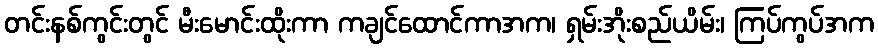
တင်းနစ်ကွင်းတွင် မီးမောင်းထိုးကာ ကချင်ထောင်ကာအက၊ ရှမ်းအိုးစည်ယိမ်း၊ ကြပ်ကွပ်အက